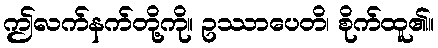
ဤလက်နက်တို့ကို။ ဥဿာပေတိ၊ စိုက်ထူ၏။